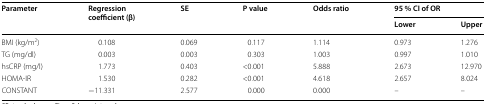
<table><thead><tr><td rowspan="2"><b>Parameter</b></td><td rowspan="2"><b>Regression coefficient (β)</b></td><td rowspan="2"><b>SE</b></td><td rowspan="2"><b>P value</b></td><td rowspan="2"><b>Odds ratio</b></td><td colspan="2"><b>95 % CI of OR</b></td></tr><tr><td><b>Lower</b></td><td><b>Upper</b></td></tr></thead><tbody><tr><td>BMI (kg/m<sup>2</sup>)</td><td>0.108</td><td>0.069</td><td>0.117</td><td>1.114</td><td>0.973</td><td>1.276</td></tr><tr><td>TG (mg/dl)</td><td>0.003</td><td>0.003</td><td>0.303</td><td>1.003</td><td>0.997</td><td>1.010</td></tr><tr><td>hsCRP (mg/l)</td><td>1.773</td><td>0.403</td><td>&lt;0.001</td><td>5.888</td><td>2.673</td><td>12.970</td></tr><tr><td>HOMA-IR</td><td>1.530</td><td>0.282</td><td>&lt;0.001</td><td>4.618</td><td>2.657</td><td>8.024</td></tr><tr><td>CONSTANT</td><td>−11.331</td><td>2.577</td><td>0.000</td><td>0.000</td><td>–</td><td>–</td></tr></tbody></table>